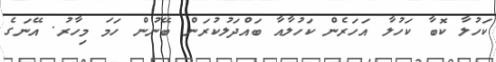
ކަހުލާ ކޮބާ ކަހުލާ އަހަރެން ކަހުލާއާ ބައްދަލުކުރަން ބޭނުން ހަމަ މިހާރު. އޭނަގެ